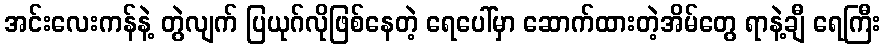
အင်းလေးကန်နဲ့ တွဲလျက် ပြယုဂ်လိုဖြစ်နေတဲ့ ရေပေါ်မှာ ဆောက်ထားတဲ့အိမ်တွေ ရာနဲ့ချီ ရေကြီး